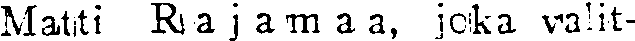
Matti Rajamaa, joka valit-